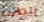
يتطلب